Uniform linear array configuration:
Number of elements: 8
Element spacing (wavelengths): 0.75
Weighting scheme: blackman
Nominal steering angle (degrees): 60
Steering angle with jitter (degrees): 61.276
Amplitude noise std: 0.05
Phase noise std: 0.05

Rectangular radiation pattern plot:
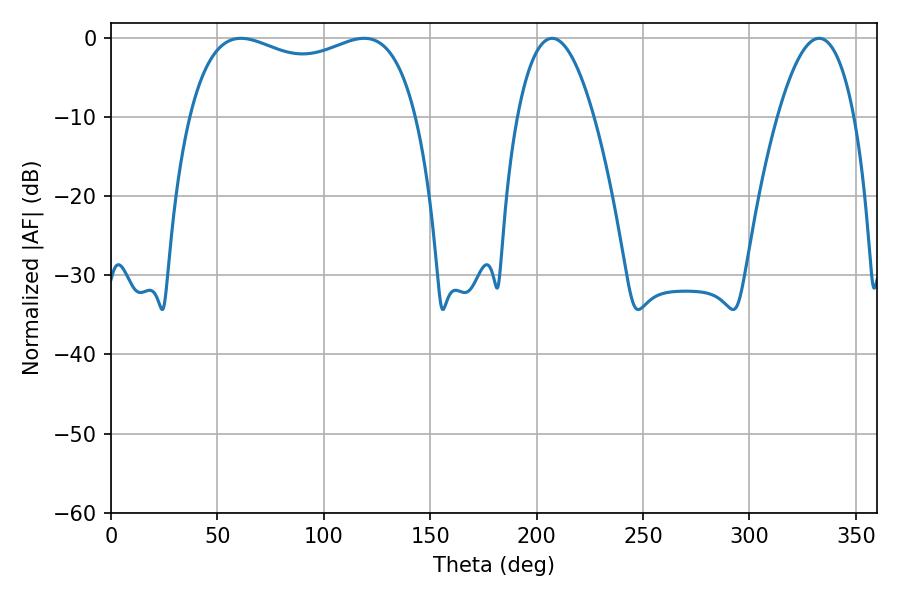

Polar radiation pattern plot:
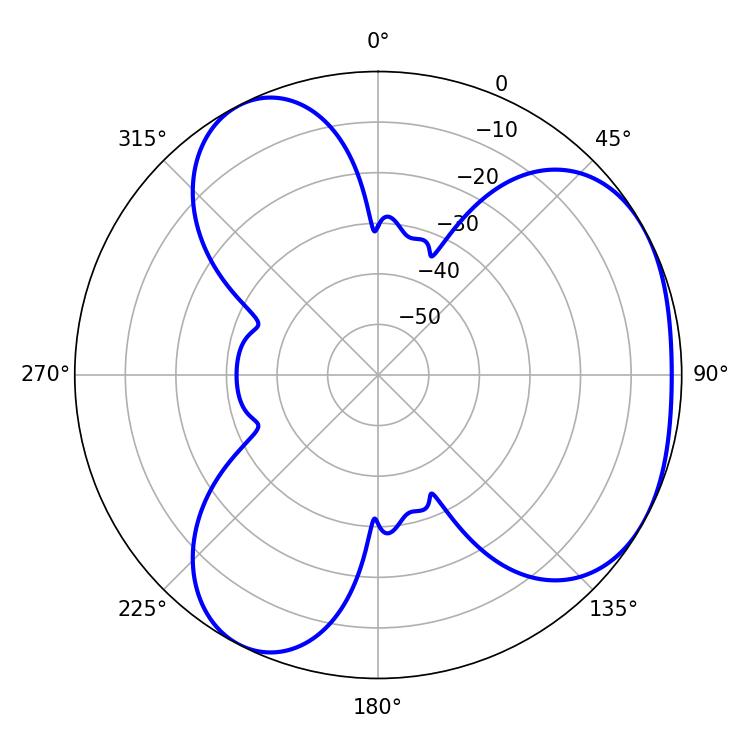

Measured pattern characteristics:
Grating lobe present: TRUE
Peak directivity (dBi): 3.798
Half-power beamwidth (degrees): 87.48
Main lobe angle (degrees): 61.02